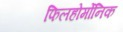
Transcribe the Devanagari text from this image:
फिलहोर्मोनिक